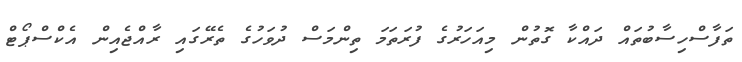
ތަފާސްހިސާބުތައް ދައްކާ ގޮތުން މިއަހަރުގެ ފުރަތަމަ ތިންމަސް ދުވަހުގެ ތެރޭގައި ރާއްޖެއިން އެކްސްޕޯޓް